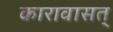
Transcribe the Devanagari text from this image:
कारावासत्